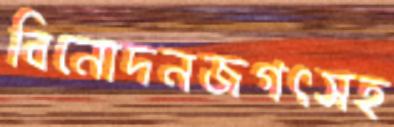
বিনোদনজগৎসহ